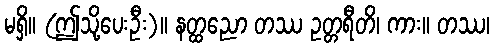
မရှိ။ (ဤသို့ပေးဦး)။ နတ္ထညော တဿ ဥတ္တရီတိ၊ ကား။ တဿ၊